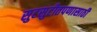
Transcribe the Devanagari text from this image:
सुटसुटीतपणासाठी